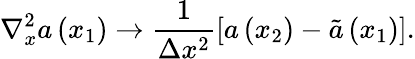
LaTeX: \nabla_{x}^{2}a\left(x_{1}\right)\rightarrow\frac{1}{\Delta x^{2}}\left[a\left(x_{2}\right)-\tilde{a}\left(x_{1}\right)\right].